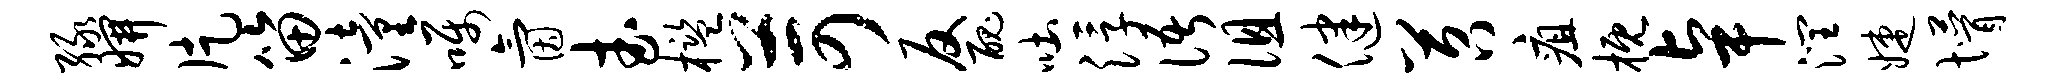
绿妍片笛潼嘱氤武槛苛反丑吐浮语徂健苕疽概卓润婕懵